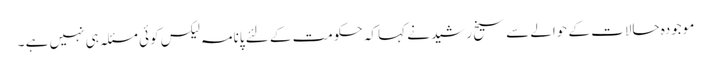
موجودہ حالات کے حوالے سے سیخ رشید نے کہا کہ حکومت کے لئے پانامہ لیکس کوئی مسئلہ ہی نہیں ہے ۔